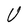
Character: U